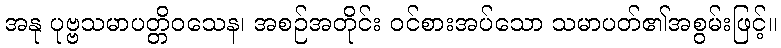
အနု ပုဗ္ဗသမာပတ္တိဝသေန၊ အစဉ်အတိုင်း ဝင်စားအပ်သော သမာပတ်၏အစွမ်းဖြင့်။